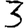
Digit: 3